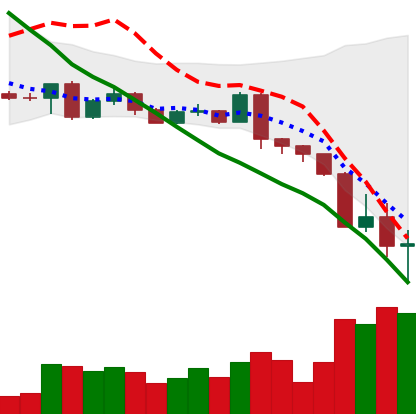
Ticker: BTC-USD
Chart end date: 2022-05-12
Forward return: 4.744%
Label: up_3_5